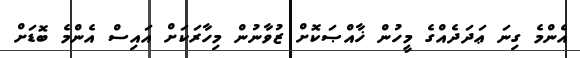
އެންމެ ގިނަ ޢަދަދެއްގެ މީހުން ޚާއްޞަކޮށް ޒުވާނުން މިހާރަކަށް އައިސް އެންމެ ބޮޑަށް